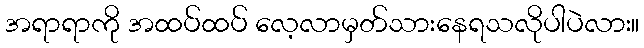
အရာရာကို အထပ်ထပ် လေ့လာမှတ်သားနေရသလိုပါပဲလား။